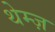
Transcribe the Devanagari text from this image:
थेम्ज़